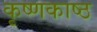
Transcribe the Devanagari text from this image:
कृष्णकाष्ठ